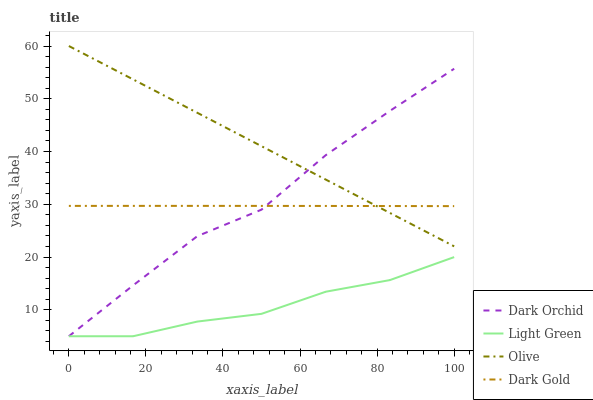
| xaxis_label | Dark Orchid | Light Green | Olive | Dark Gold |
 | --- | --- | --- | --- | --- |
 | 0 | 5 | 5 | 60 | 29.7 |
 | 16.7 | 14.6 | 5 | 53.7 | 29.7 |
 | 33.3 | 24 | 7.78 | 47.3 | 29.7 |
 | 50 | 29 | 9.25 | 41 | 29.7 |
 | 66.7 | 39.3 | 13.4 | 34.7 | 29.7 |
 | 83.3 | 47.7 | 15.6 | 28.4 | 29.7 |
 | 100 | 55.7 | 20 | 22 | 29.7 |